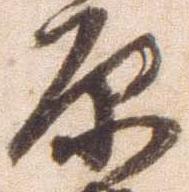
原